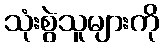
သုံးစွဲသူများကို